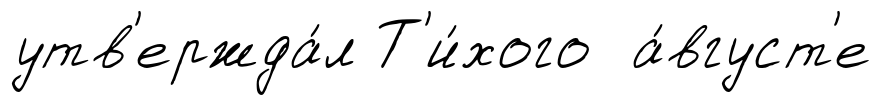
утв'ержда́л Т'и́хого а́вгуст'е